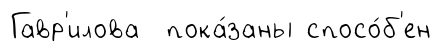
Гавр'илова пока́заны спосо́б'ен